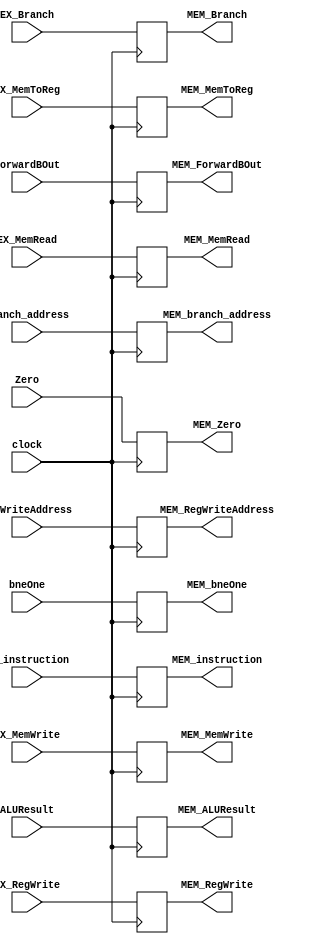
module EX_MEM_4 (
    input wire clock,
    input wire [31:0] EX_instruction,
    output reg [31:0] MEM_instruction,
    input wire [31:0] branch_address,
    output reg [31:0] MEM_branch_address,
    input wire Zero,
    output reg MEM_Zero,
    input wire [31:0] ALUResult,
    output reg [31:0] MEM_ALUResult,
    input wire [31:0] ForwardBOut,
    output reg [31:0] MEM_ForwardBOut,
    input wire [4:0] RegWriteAddress,
    output reg [4:0] MEM_RegWriteAddress,
    input wire EX_RegWrite,
    output reg MEM_RegWrite,
    input wire EX_MemRead,
    output reg MEM_MemRead,
    input wire EX_MemWrite,
    output reg MEM_MemWrite,
    input wire EX_MemToReg,
    output reg MEM_MemToReg,
    input wire EX_Branch,
    output reg MEM_Branch,
    input wire bneOne,
    output reg MEM_bneOne
    );
    always @(negedge clock) begin
        MEM_instruction <= EX_instruction;
        MEM_branch_address <= branch_address;
        MEM_Zero <= Zero;
        MEM_ALUResult <= ALUResult;
        MEM_ForwardBOut <= ForwardBOut;
        MEM_RegWriteAddress <= RegWriteAddress;
        MEM_RegWrite <= EX_RegWrite;
        MEM_MemRead <= EX_MemRead;
        MEM_MemWrite <= EX_MemWrite;
        MEM_MemToReg <= EX_MemToReg;
        MEM_Branch <= EX_Branch;
        MEM_bneOne <= bneOne;
    end  
endmodule